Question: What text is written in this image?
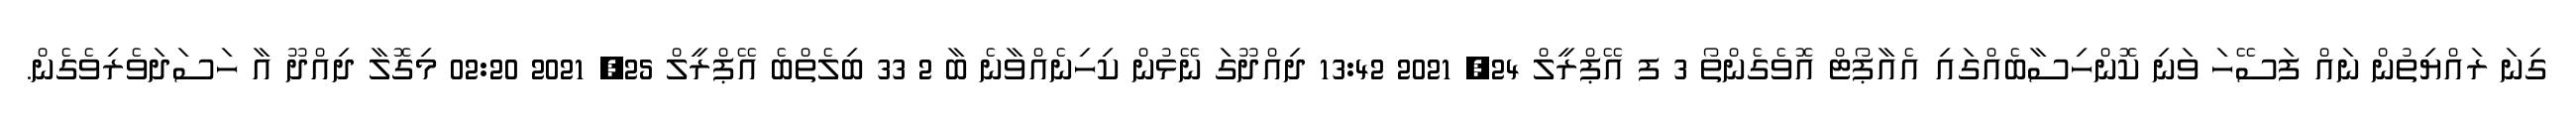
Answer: ގިނަ ރައްޔިތުން ނައް ފަސޭހަ ވަނި ކޮންހިސާބެއްގައި އެއާޕޯޓް އޮވެގެންތޯ 3 ފ އޭޕްރީލް 24, 2021 13:42 ދިއްދޫގަ ނޭޅުން ކިހިނެއްވާނެ ބާ 2 33 ބިލެތްބެ އޭޕްރީލް 25, 2021 02:20 މިގޮލާ ދިއްދޫ އާ ހަސަދަވެރިވެގެން.